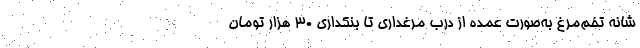
شانه تخم‌مرغ به‌صورت عمده از درب مرغداری تا بنکداری ۳۰ هزار تومان